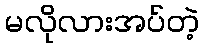
မလိုလားအပ်တဲ့